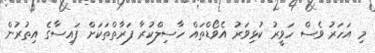
މި އަހަރު ވެސް ހަވީރު ކުޅިވަރު އެވޯޑްތައް ހާސިލްކުރާ ފަރާތްތަކަށް ފައިސާގެ އިތުރުން